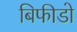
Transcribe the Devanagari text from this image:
बिफीडो